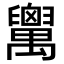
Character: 𦦷